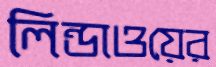
লিন্ডাওয়ের